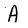
Character: A